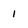
Character: i